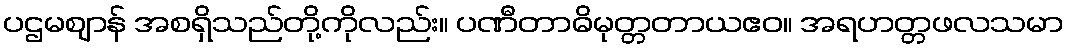
ပဌမဈာန် အစရှိသည်တို့ကိုလည်း။ ပဏီတာဓိမုတ္တတာယဧဝ။ အရဟတ္တဖလသမာ